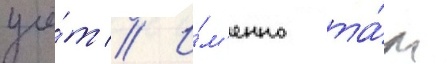
учё́т // И́м'енно та́м